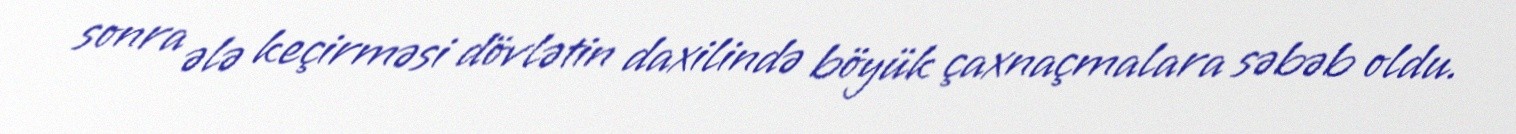
sonra ələ keçirməsi dövlətin daxilində böyük çaxnaçmalara səbəb oldu.